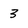
Character: 3